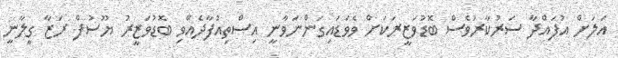
އަލަށް އުފައްދާ ސަރުކާރުވެސް ބޮޑުވަޒީރަކަށް ވެވަޑައިގަންނަވާނީ އިސްތިއުފާދެއްވި ބޮޑުވަޒީރު ޔޫސުފް ރަޒާ ގީލާނީ